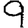
Digit: 9